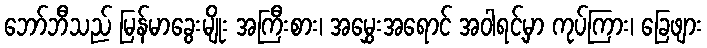
ဘော်ဘီသည် မြန်မာခွေးမျိုး အကြီးစား၊ အမွှေးအရောင် အဝါရင့်မှာ ကုပ်ကြား၊ ခြေဖျား